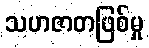
သဟဇာတဖြစ်မှု